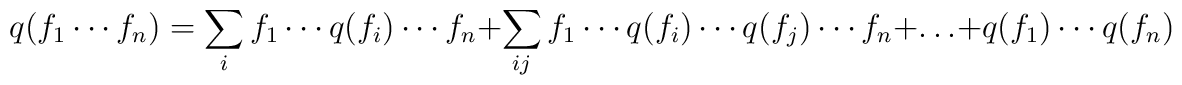
q(f_1\cdots f_n)=\sum_i f_1\cdots q(f_i)\cdots  f_n+\sum_{ij} f_1\cdots q(f_i)\cdots q(f_j)\cdots f_n+\ldots+  q(f_1)\cdots q(f_n)